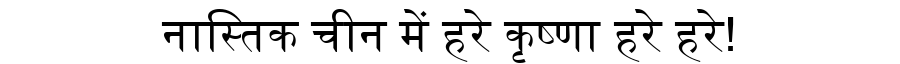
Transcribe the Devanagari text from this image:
नास्तिक चीन में हरे कृष्णा हरे हरे!